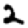
Digit: 2